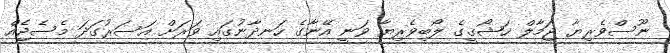
ނޫސްވެރިޔާ ޖަމާލް ޚަޝޯޤީގެ ލޯބިވެރިޔާ ވަނީ އޭނާގެ ހަނދާނުގައި ވަރަށް އަސަރުގަދަ މެސެޖެއް